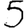
Digit: 5